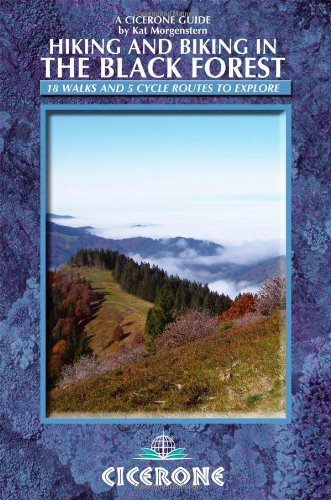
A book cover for Hiking and Biking in the Black Forest (Cicerone Guide); Morgenstern Kat; Travel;